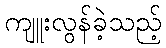
ကျူးလွန်ခဲ့သည့်